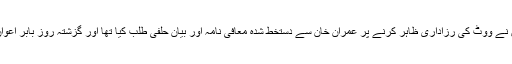
خیال رہے کہ گزشتہ روز الیکشن کمیشن نے ووٹ کی رزاداری ظاہر کرنے پر عمران خان سے دستخط شدہ معافی نامہ اور بیان حلفی طلب کیا تھا اور گزشتہ روز بابر اعوان کا تحریری جواب مسترد کردیا گیا تھا۔